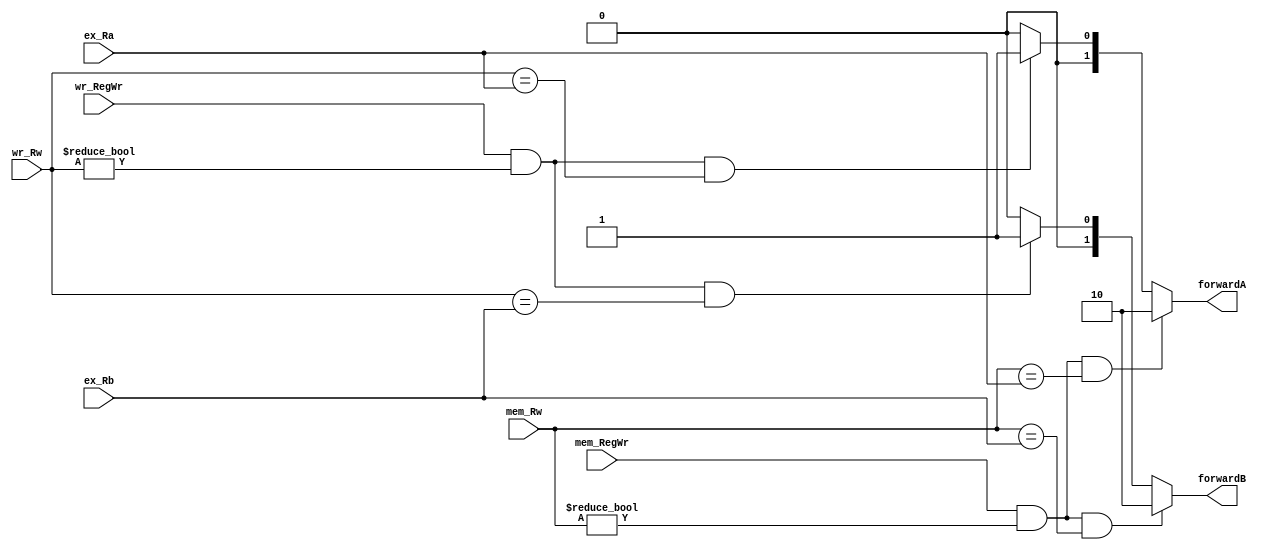
`timescale 1ns / 1ps
module  forwardingUnit(ex_Ra,ex_Rb,mem_Rw,mem_RegWr,wr_Rw,wr_RegWr,forwardA,forwardB);

	input[4:0]      ex_Ra;
	input[4:0]  	ex_Rb;
	input[4:0]  	mem_Rw;
	input       	mem_RegWr;
	input[4:0]  	wr_Rw;
	input       	wr_RegWr;

	output reg [1:0]forwardA;
	output reg [1:0]forwardB;

	initial begin
		forwardA = 2'd0;
		forwardB = 2'd0;
	end

	always @(*) begin
		forwardA <= 2'b00;
		forwardB <= 2'b00;

		if (mem_RegWr!=0 && mem_Rw!=0 && mem_Rw == ex_Ra)
		begin
			forwardA <= 2'b10;
		end else 
		if (wr_RegWr!=0 && wr_Rw!=0 && wr_Rw == ex_Ra)
		begin
			forwardA <= 2'b01;
		end

		if (mem_RegWr!=0 && mem_Rw!=0 && mem_Rw == ex_Rb)
		begin
			forwardB <= 2'b10;
		end else 
		if (wr_RegWr!=0 && wr_Rw!=0 && wr_Rw == ex_Rb)
		begin
			forwardB <= 2'b01;
		end
	end
endmodule